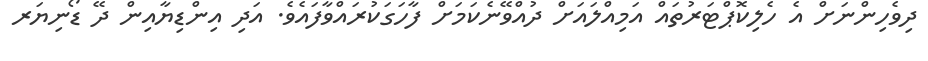
ދިވެހިންނަށް އެ ހެލިކޮޕްޓަރުތައް އަމިއްލައަށް ދުއްވޭނެކަމަށް ފާހަގަކުރައްވާފައެވެ. އަދި އިންޑިޔާއިން ދޭ ޑޯނިޔަރ